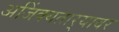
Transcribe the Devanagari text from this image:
अजिंक्यतार्‍यावर